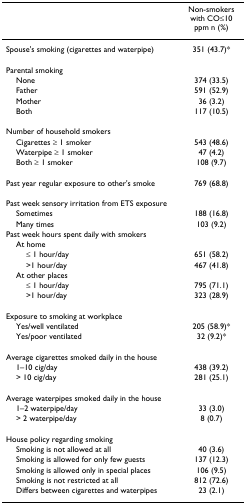
<table><thead><tr><td></td><td><b>Non-smokers with CO≤10 ppm n (%)</b></td></tr></thead><tbody><tr><td>Spouse&#x27;s smoking (cigarettes and waterpipe)</td><td>351 (43.7)*</td></tr><tr><td>Parental smoking</td><td></td></tr><tr><td> None</td><td>374 (33.5)</td></tr><tr><td> Father</td><td>591 (52.9)</td></tr><tr><td> Mother</td><td>36 (3.2)</td></tr><tr><td> Both</td><td>117 (10.5)</td></tr><tr><td>Number of household smokers</td><td></td></tr><tr><td> Cigarettes ≥ 1 smoker</td><td>543 (48.6)</td></tr><tr><td> Waterpipe ≥ 1 smoker</td><td>47 (4.2)</td></tr><tr><td> Both ≥ 1 smoker</td><td>108 (9.7)</td></tr><tr><td>Past year regular exposure to other&#x27;s smoke</td><td>769 (68.8)</td></tr><tr><td>Past week sensory irritation from ETS exposure</td><td></td></tr><tr><td> Sometimes</td><td>188 (16.8)</td></tr><tr><td> Many times</td><td>103 (9.2)</td></tr><tr><td>Past week hours spent daily with smokers</td><td></td></tr><tr><td> At home </td><td></td></tr><tr><td>≤ 1 hour/day</td><td>651 (58.2)</td></tr><tr><td>&gt;1 hour/day</td><td>467 (41.8)</td></tr><tr><td> At other places </td><td></td></tr><tr><td>≤ 1 hour/day</td><td>795 (71.1)</td></tr><tr><td>&gt;1 hour/day</td><td>323 (28.9)</td></tr><tr><td>Exposure to smoking at workplace</td><td></td></tr><tr><td> Yes/well ventilated</td><td>205 (58.9)*</td></tr><tr><td> Yes/poor ventilated</td><td>32 (9.2)*</td></tr><tr><td>Average cigarettes smoked daily in the house</td><td></td></tr><tr><td> 1–10 cig/day</td><td>438 (39.2)</td></tr><tr><td> &gt; 10 cig/day</td><td>281 (25.1)</td></tr><tr><td>Average waterpipes smoked daily in the house</td><td></td></tr><tr><td> 1–2 waterpipe/day</td><td>33 (3.0)</td></tr><tr><td> &gt; 2 waterpipe/day</td><td>8 (0.7)</td></tr><tr><td>House policy regarding smoking</td><td></td></tr><tr><td> Smoking is not allowed at all</td><td>40 (3.6)</td></tr><tr><td> Smoking is allowed for only few guests</td><td>137 (12.3)</td></tr><tr><td> Smoking is allowed only in special places</td><td>106 (9.5)</td></tr><tr><td> Smoking is not restricted at all</td><td>812 (72.6)</td></tr><tr><td> Differs between cigarettes and waterpipes</td><td>23 (2.1)</td></tr></tbody></table>